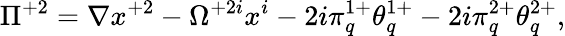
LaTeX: \Pi^{+2}=\nabla x^{+2}-\Omega^{+2i}x^{i}-2i\pi_{q}^{1+}\theta_{q}^{1+}-2i\pi_{q}^{2+}\theta_{q}^{2+},